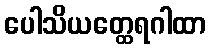
ပေါသိယတ္ထေရဂါထာ